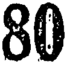
80